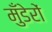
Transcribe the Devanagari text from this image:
मुँडेरों